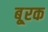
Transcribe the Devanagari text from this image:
बू्रक